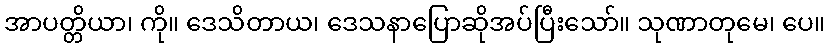
အာပတ္တိယာ၊ ကို။ ဒေသိတာယ၊ ဒေသနာပြောဆိုအပ်ပြီးသော်။ သုဏာတုမေ၊ ပေ။